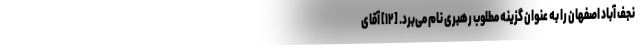
نجف آباد اصفهان را به عنوان گزینه مطلوب رهبری نام می‌برد. [۱۲] آقای